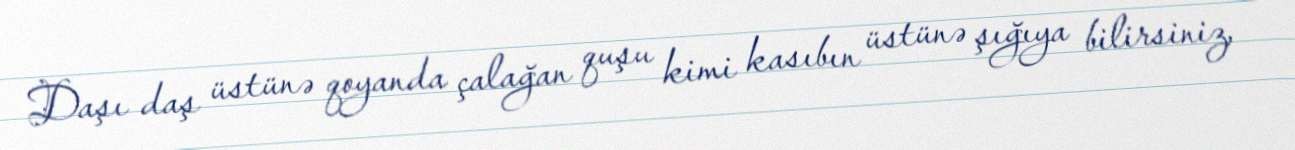
Daşı daş üstünə qoyanda çalağan quşu kimi kasıbın üstünə şığıya bilirsiniz,